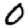
Digit: 0